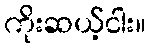
ကိုးဆယ့်ငါး။